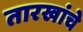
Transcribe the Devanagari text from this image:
तारखांचे